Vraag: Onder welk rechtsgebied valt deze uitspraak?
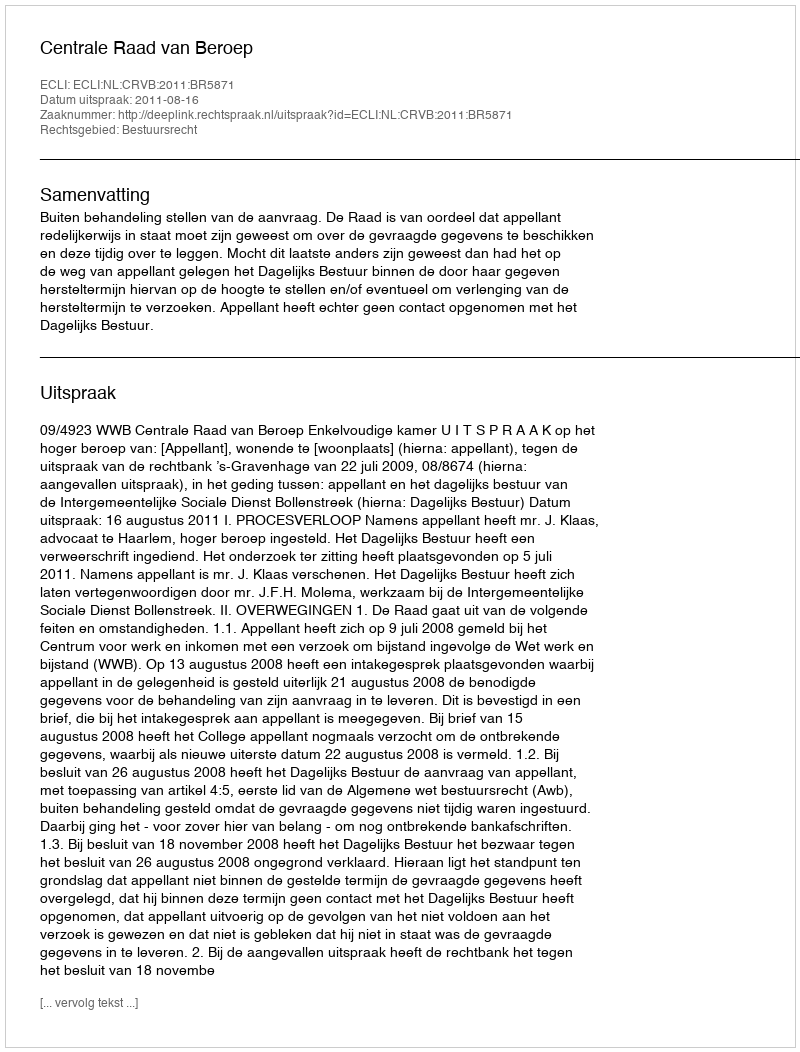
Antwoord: Bestuursrecht